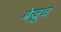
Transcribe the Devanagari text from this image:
बेज्रुच